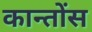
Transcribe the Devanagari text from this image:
कान्तोंस